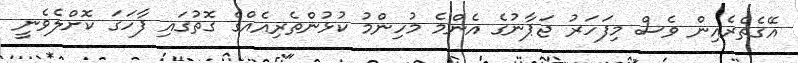
އޭގެތެރެއިން ވެސް މިފަހަރު ޖަޕާނުގެ އެންމެ މުހިންމު ކުޅުންތެރިއެއްގެ ގޮތުގައި ފާހަގަ ކޮށްލެވެނީ